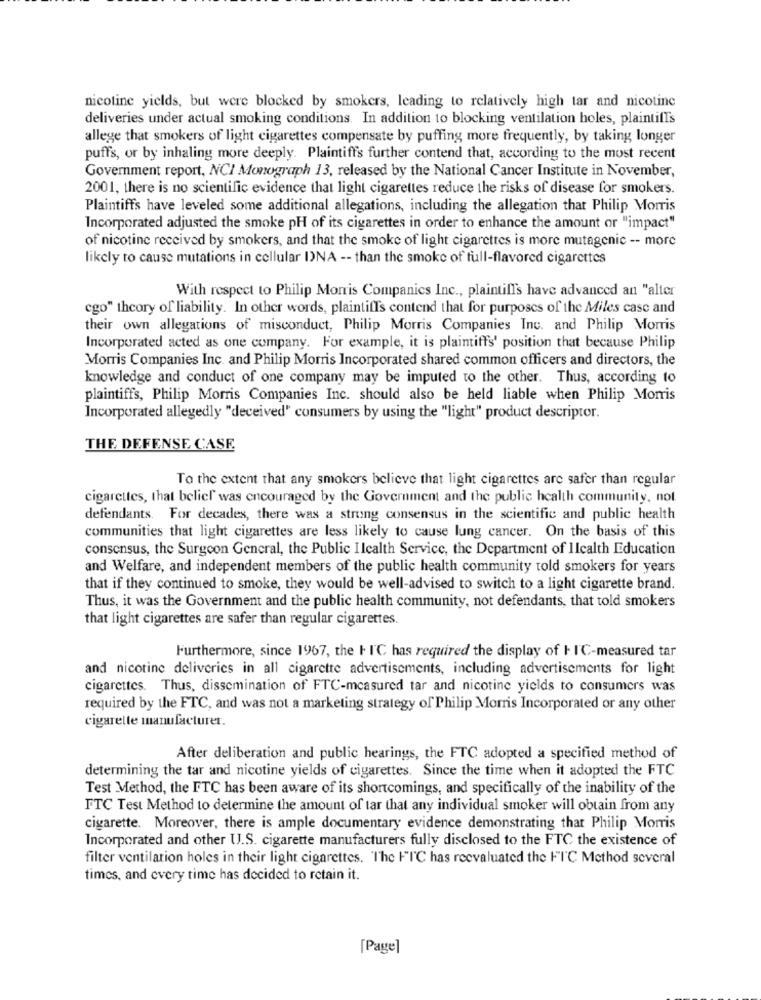
nicotine yields, but were blocked by smokers, leading to relatively high tar and nicotine
deliveries under actual smoking conditions. In addition to blocking ventilation holes, plaintiff's
allege that smokers of light cigarettes compensate by puffing more frequently, by taking longer
puffs, or by inhaling more deeply. Plaintiffs further contend that, according to the most recent
Government report, NCI Monograph 13, released by the National Cancer Institute in November,
2001, there is no scientific evidence that light cigarettes reduce the risks of disease for smokers.
Plaintiffs have leveled some additional allegations, including the allegation that Philip Morris
Incorporated adjusted the smoke pH of its cigarettes in order to enhance the amount or "impact"
of nicotine received by smokers, and that the smoke of light cigarettes is more mutagenic -- more
likely to cause mutations in cellular I)NA -- than the smoke of full-flavored cigarettes
With respect to Philip Morris Companies Inc ., plaintill's have advanced an "alter
cgo" theory of liability. In other words, plaintiff's contend that for purposes of the Miles case and
their own allegations of misconduct, Philip Morris Companies Inc. and Philip Morris
Incorporated acted as one company. For example, it is plaintiffs' position that because Philip
Morris Companies Inc. and Philip Morris Incorporated shared common officers and directors, the
knowledge and conduct of one company may be imputed to the other. Thus, according to
plaintiffs, Philip Morris Companies Inc. should also be held liable when Philip Morris
Incorporated allegedly "deceived' consumers by using the "light" product descriptor.
THE DEFENSE CASE
To the extent that any smokers believe that light cigarettes are safer than regular
cigarettes, that belief was encouraged by the Government and the public health community, not
defendants. For decades, there was a strong consensus in the scientific and public health
communities that light cigarettes are less likely to cause lung cancer. On the basis of this
consensus, the Surgeon General, the Public Ilealth Service, the Department of Ilcalth Education
and Welfare, and independent members of the public health community told smokers for years
that if they continued to smoke, they would be well-advised to switch to a light cigarette brand.
Thus, it was the Government and the public health community, not defendants, that told smokers
that light cigarettes are safer than regular cigarettes.
Furthermore, since 1967, the I T'C has required the display of I IC-measured tar
and nicotine deliveries in all cigarette advertisements, including advertisements for light
cigarettes. Thus, dissemination of FTC-measured tar and nicotine yields to consumers was
required by the FTC, and was not a marketing strategy of Philip Morris Incorporated or any other
cigarette manufacturer.
After deliberation and public hearings, the FTC adopted a specified method of
determining the tar and nicotine yields of cigarettes. Since the time when it adopted the FTC
Test Method, the FTC has been aware of its shortcomings, and specifically of the inability of the
FTC Test Method to determine the amount of tar that any individual smoker will obtain from any
cigarette. Moreover, there is ample documentary evidence demonstrating that Philip Morris
Incorporated and other UJ.S. cigarette manufacturers fully disclosed to the FTC the existence of
filter ventilation holes in their light cigarettes. "The FIC has reevaluated the FIC Method several
times, and every time has decided to retain it.
[Page]